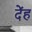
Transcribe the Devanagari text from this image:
देंह